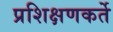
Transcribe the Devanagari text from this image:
प्रशिक्षणकर्ते